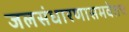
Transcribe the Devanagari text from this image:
जलसंधारणासमवेतच